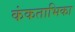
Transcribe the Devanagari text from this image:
कंकताभिका